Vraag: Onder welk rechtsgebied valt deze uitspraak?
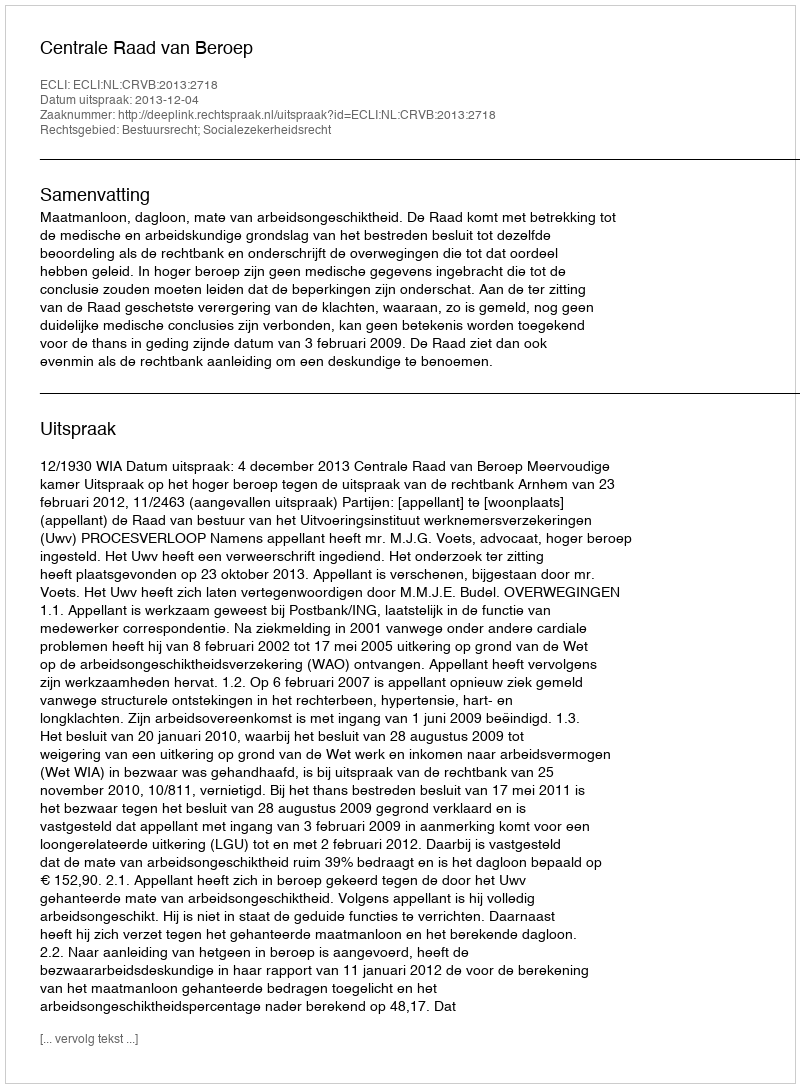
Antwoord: Bestuursrecht; Socialezekerheidsrecht